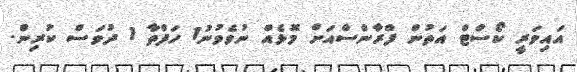
އައިވަރީ ކޯސްޓް އަތުން ފްރާންސްއަށް މޮޅެއް ނުވެވުނު1 ހަފްތާ 1 ދުވަސް ކުރިން.